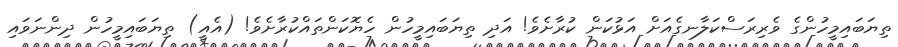
ތިޔަބައިމީހުންގެ ވެރިރަސްކަލާނގެއަށް އަޅުކަން ކުރާށެވެ! އަދި ތިޔަބައިމީހުން ހެޔޮކަންތައްކުރާށެވެ! (އެއީ) ތިޔަބައިމީހުން ދިންނަވައި